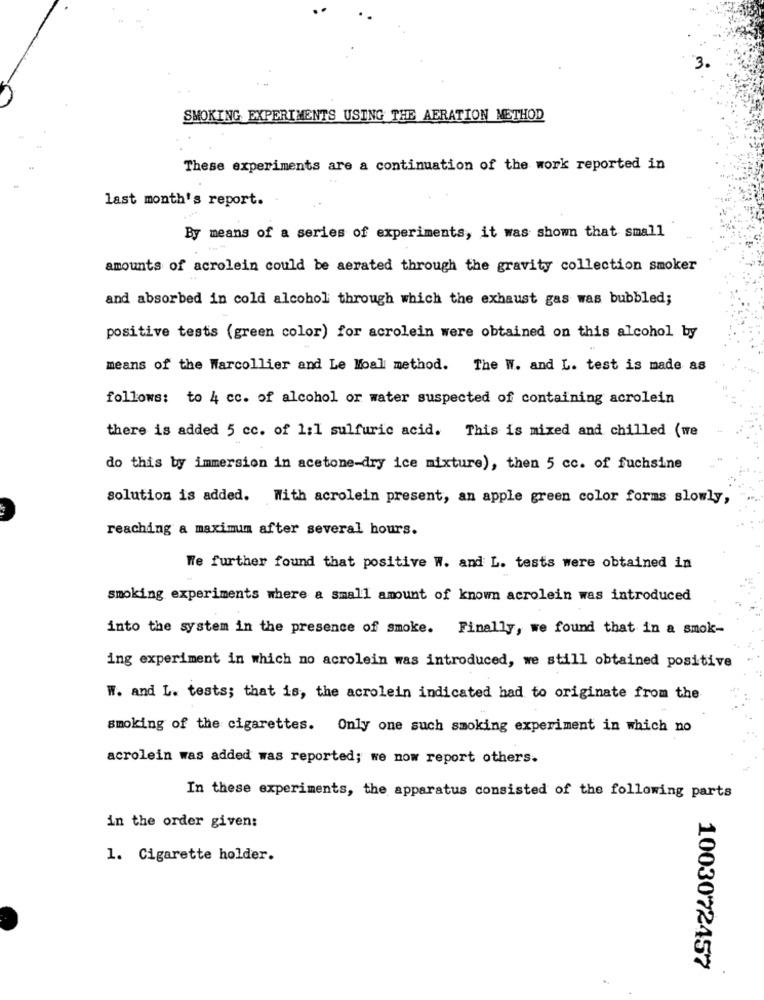
3.
SMOKING EXPERIMENTS USING THE AERATION METHOD
These experiments are a continuation of the work reported in
last month's report.
By means of a series of experiments, it was shown that small
amounts of acrolein could be aerated through the gravity collection smoker
and absorbed in cold alcohol through which the exhaust gas was bubbled;
positive tests (green color) for acrolein were obtained on this alcohol by
means of the Warcollier and Le Moal method. The W. and L. test is made as
follows: to 4 cc. of alcohol or water suspected of containing acrolein
there is added 5 cc. of 1:1 sulfuric acid. This is mixed and chilled (we
do this by immersion in acetone-dry ice mixture), then 5 cc. of fuchsine
solution is added. With acrolein present, an apple green color forms slowly,
reaching a maximum after several hours.
We further found that positive W. and L. tests were obtained in
smoking experiments where a small amount of known acrolein was introduced
into the system in the presence of smoke. Finally, we found that in a smok-
ing experiment in which no acrolein was introduced, we still obtained positive
W. and L. tests; that is, the acrolein indicated had to originate from the
smoking of the cigarettes. Only one such smoking experiment in which no
acrolein was added was reported; we now report others.
In these experiments, the apparatus consisted of the following parts
in the order given:
1. Cigarette holder.
1003072457